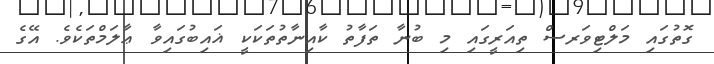
ގޮތުގައި މަލްޓިވަރސް ތިއަރީގައި މި ބުނާ ތަފާތު ކާއިނާތުތަކަކީ ޣައިބުގައިވާ ޢާލަމްތަކެވެ. އޭގެ